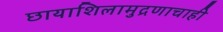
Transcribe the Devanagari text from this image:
छायाशिलामुद्रणाचाही